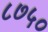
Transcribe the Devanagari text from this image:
८७५०